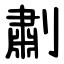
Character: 㔅